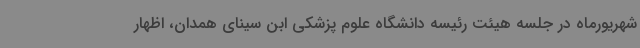
شهریورماه در جلسه هیئت رئیسه دانشگاه علوم پزشکی ابن سینای همدان، اظهار